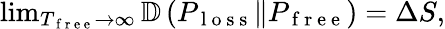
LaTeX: \begin{array}{r}{\operatorname*{lim}_{T_{\mathrm{~f~r~e~e~}}\rightarrow\infty}\mathbb{D}\left(P_{\mathrm{~l~o~s~s~}}\Vert P_{\mathrm{~f~r~e~e~}}\right)=\Delta S,}\end{array}